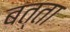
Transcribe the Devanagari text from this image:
बत्ता